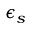
\epsilon _ { s }